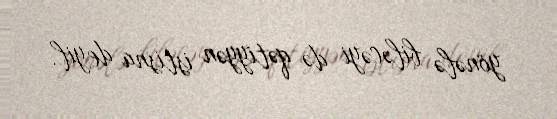
yönələ biləcəyi də qətiyyən istisna deyil.